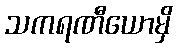
သကရဏီယောမှိ